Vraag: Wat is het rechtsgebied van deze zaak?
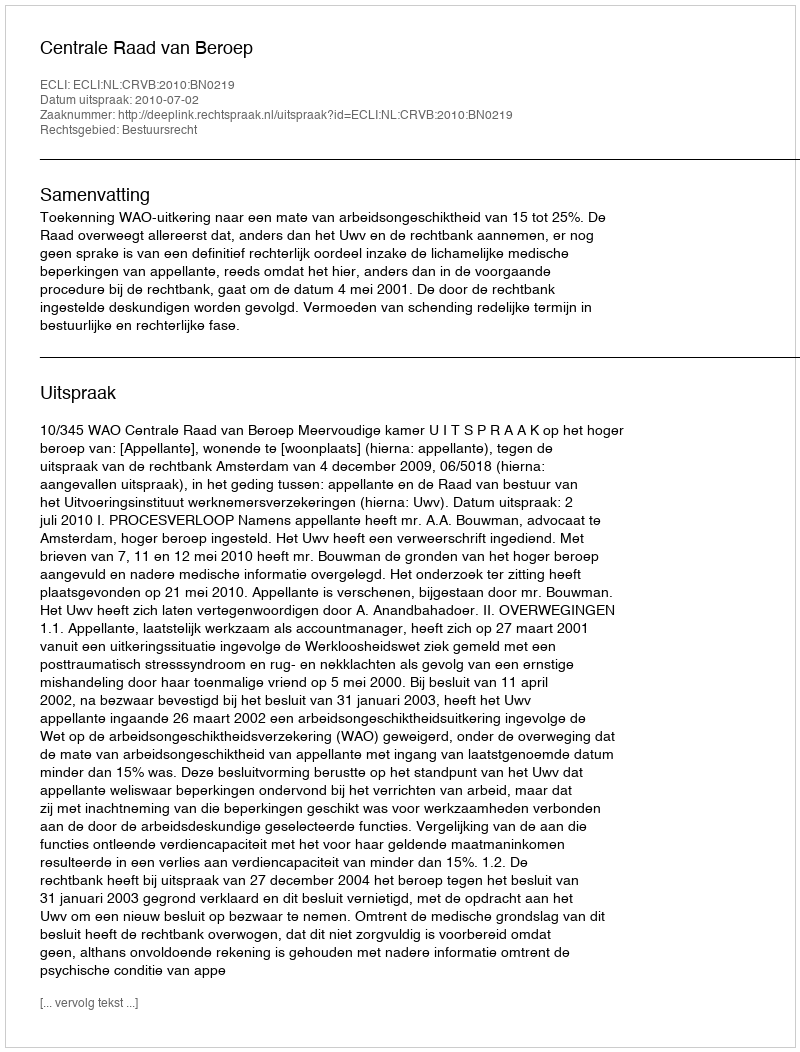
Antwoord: Bestuursrecht